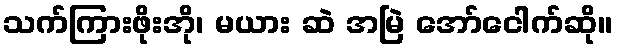
သက်ကြားဖိုးအို၊ မယား ဆဲ အမြဲ အော်ငေါက်ဆို။